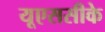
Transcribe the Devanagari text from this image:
यूएससीके